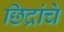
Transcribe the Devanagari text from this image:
छिद्रांचे